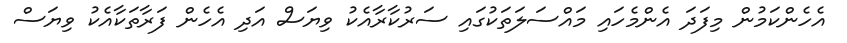
އެހެންކަމުން މިފަދަ އެންމެހައި މައްސަލަތަކުގައި ސަރުކާރާއެކު ވިޔަސް އަދި އެހެން ފަރާތަކާއެކު ވިޔަސް